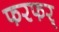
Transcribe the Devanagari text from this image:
फरफर्